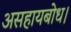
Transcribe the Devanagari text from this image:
असहायबोध।